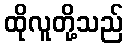
ထိုလူတို့သည်